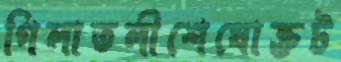
গিলাতলীশেষোক্তট